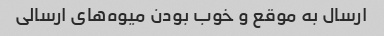
ارسال به موقع و خوب بودن میوه‌های ارسالی